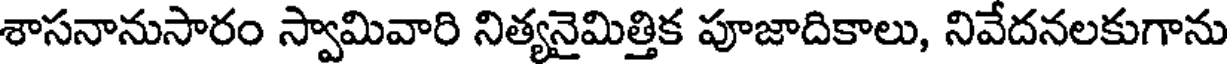
శాసనానుసారం స్వామివారి నిత్యనైమిత్తిక పూజాదికాలు, నివేదనలకుగాను